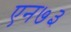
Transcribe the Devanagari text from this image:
एन७३